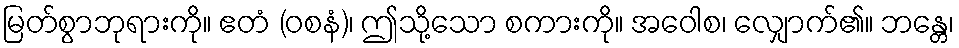
မြတ်စွာဘုရားကို။ ဧတံ (ဝစနံ)၊ ဤသို့သော စကားကို။ အဝေါစ၊ လျှောက်၏။ ဘန္တေ၊